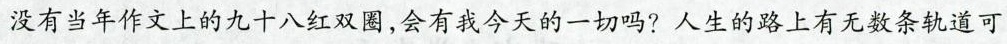
没有当年作文上的九十八红双圈，会有我今天的一切吗?人生的路上有无数条轨道可